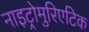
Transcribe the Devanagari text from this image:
नाइट्रोमुरिएटिक